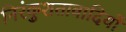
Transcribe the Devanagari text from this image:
निरंकुशतावादियों